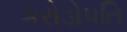
કરોડોપતિ